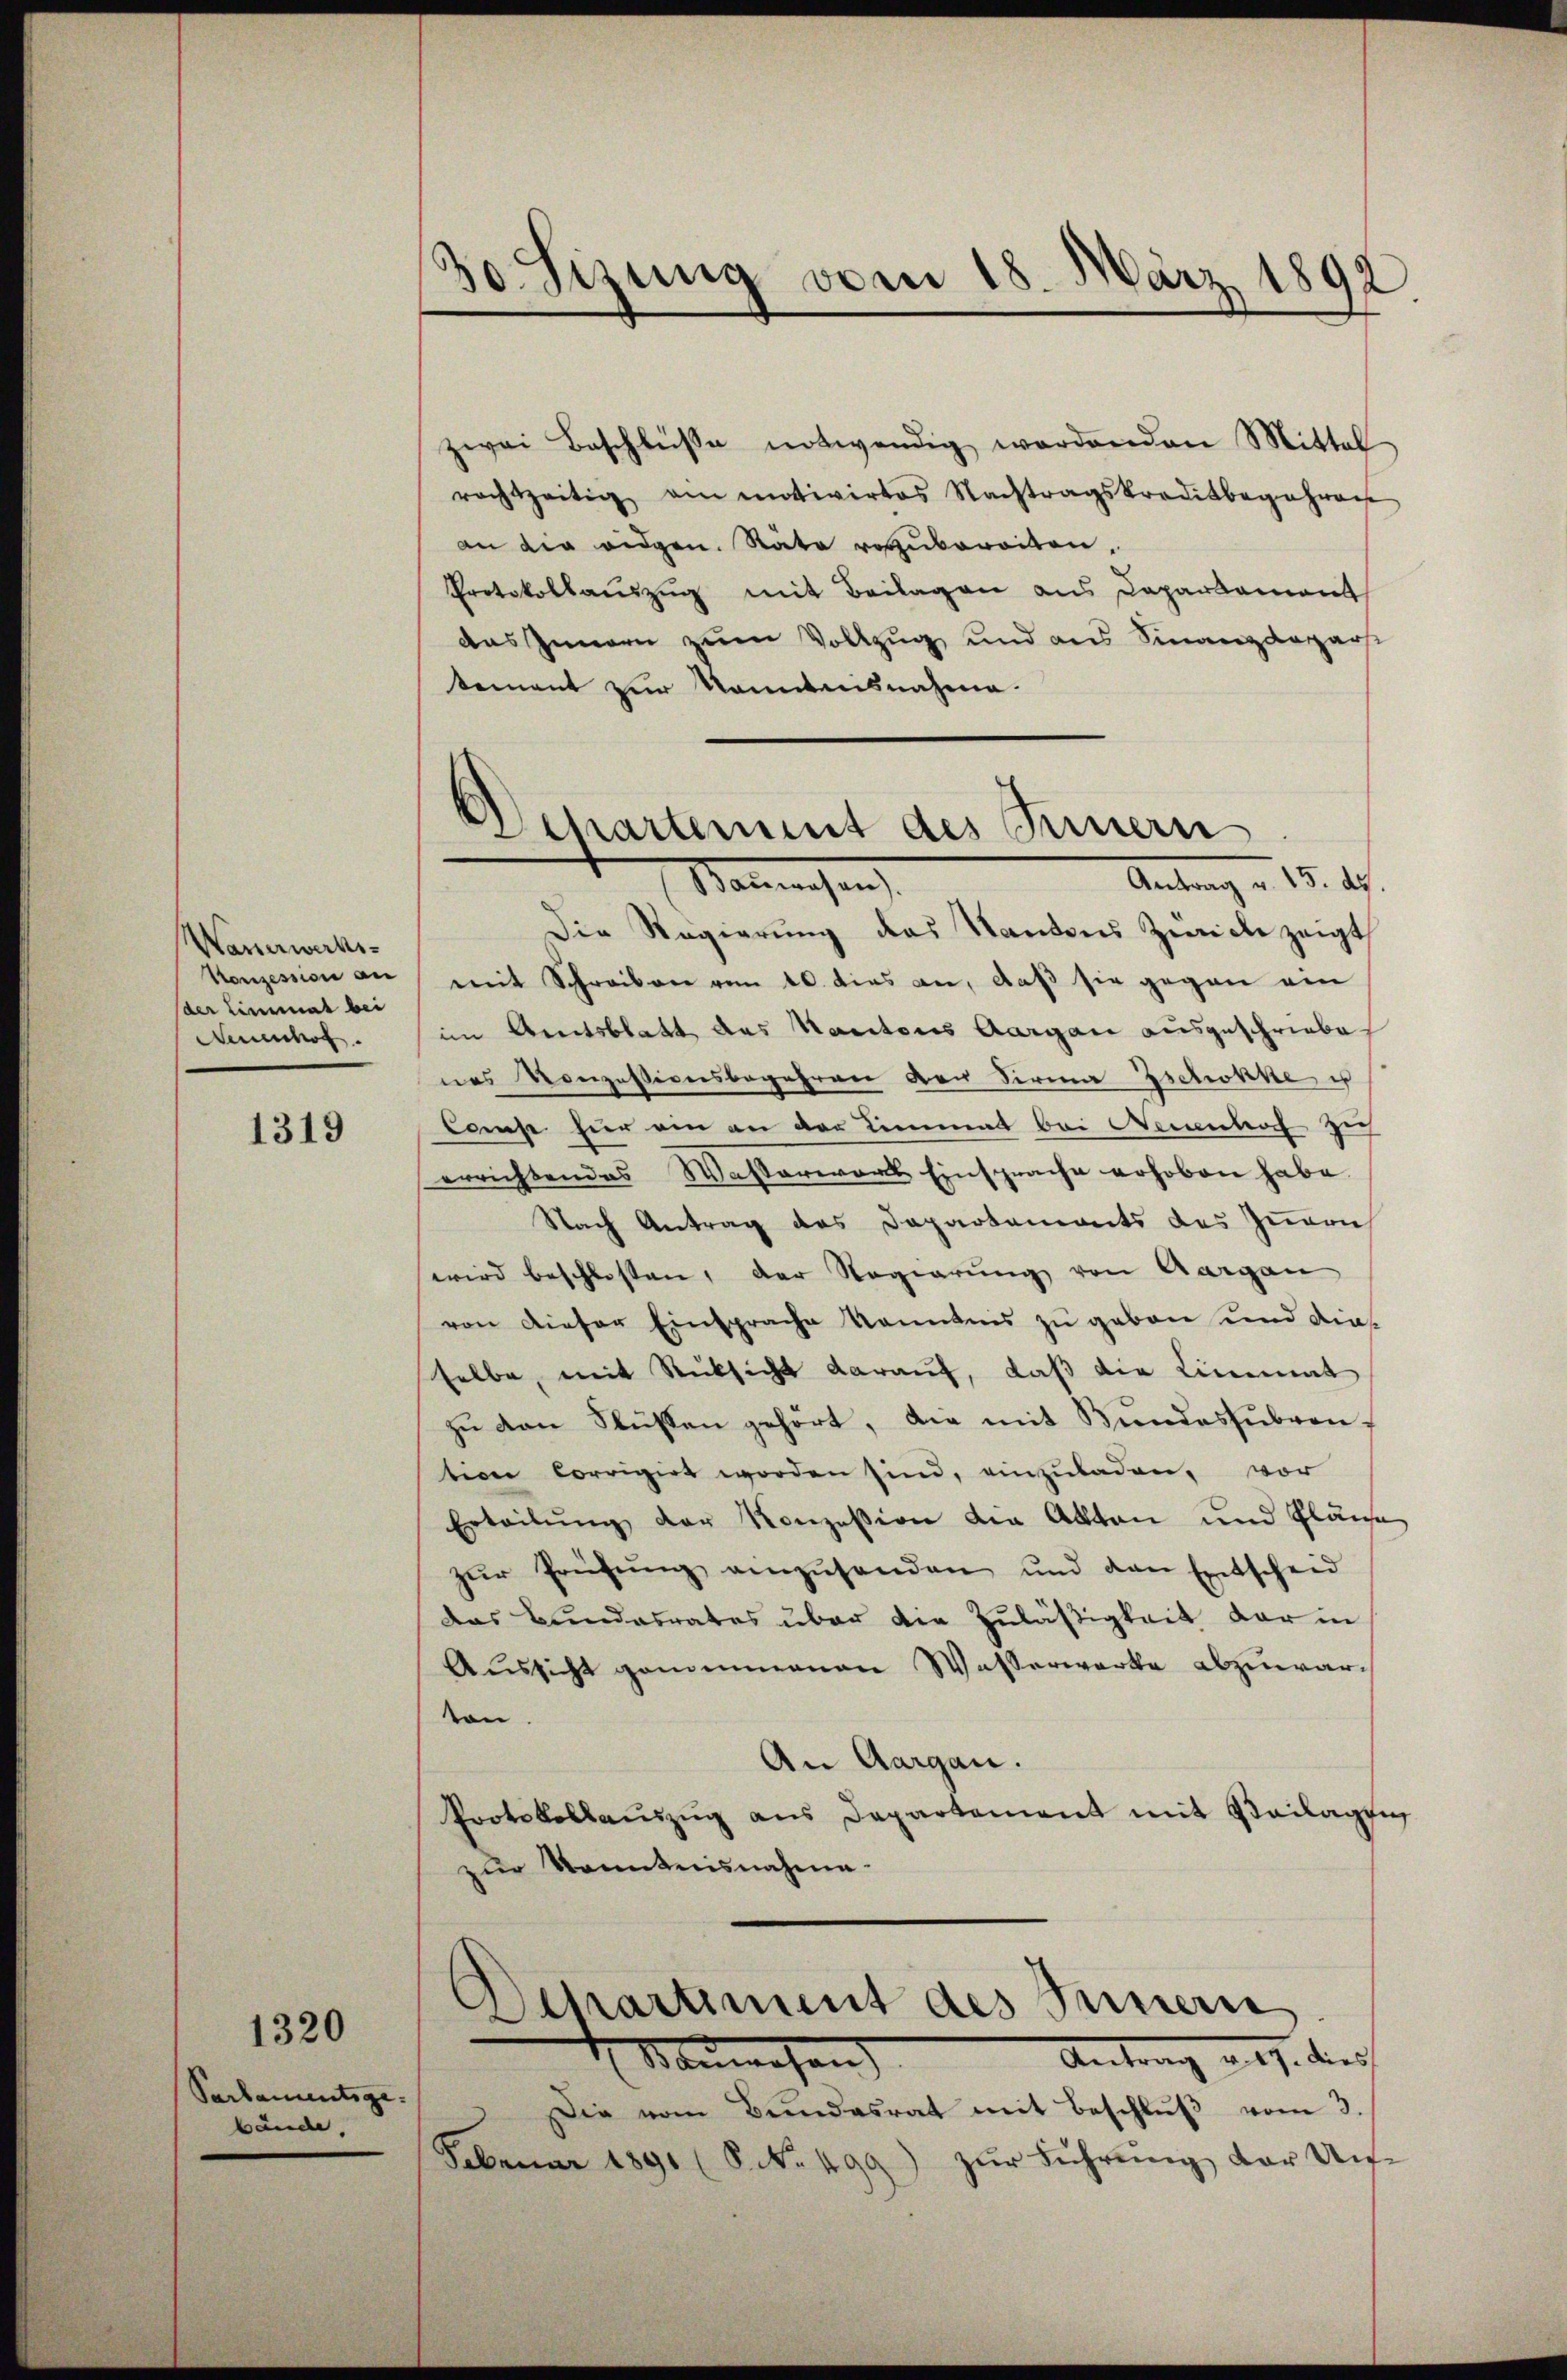
Wasserwerks-
Konzession an
der Limmat bei
Neuenhof.

1319

Parlamentsge-
bände.

1320

3o Sizung vom 18. März 1892

zwei Beschlüsse notwendig werdenden Mittel
rachtzeitig am motivirtes Nachtragskreditbegehrens
an die eidgen. Rata vorzubereiten,
Protokollauszug mit Beilagen aus Departament
das Innern zum Vollzug und aus Finanzdepart
tement zur Kenntnisnahme.
Die Regierung des Kantons Zwicke zeigt
mit Schreiben vom 10. dies an, daß sie gegen ein
im Amtsblatt des Kantons Aargau ausgeschriebe
nas Konzessionsbegehren der Firma Zschokke u
Comse für ein an der Limmat bei Neuenhof zu
errichtendes Wasterwart Einsprache erhoben habe.
Nach Antrag des Departements des Innern
wird beschlossen, der Regierung von Aargau
von dieser Einsprache Kenntnis zu geben und die
selbe, mit Rücksicht darauf, daβ die Limmat
zu den Flüssen gehört, die mit Bundessubvention corrigirt worden sind, einzuladen, vor
Erteilŭng der Konzession die Akten und Pläne
zŭr Prüfŭng einzŭsenden und den Entscheid
das Bundesrates über die Zuläßigkeit der in
Aŭssicht gemenmanen Wasserwerke abzuwar-
von
An Aargau.
Protokollauszug aus Departement mit Beilagen
zŭr Kenntnisnahme.

Departement des Innern
Antrag v. 15. ds.
Balmwesen

Separtiment des Innern.
Antrag u. 9. dies
Nauwesen |

Die vom Bŭndesrat mit Beschlŭβ vom 3.
Februar 1891 (S. Nr. 499) zŭr Führŭng der Un¬